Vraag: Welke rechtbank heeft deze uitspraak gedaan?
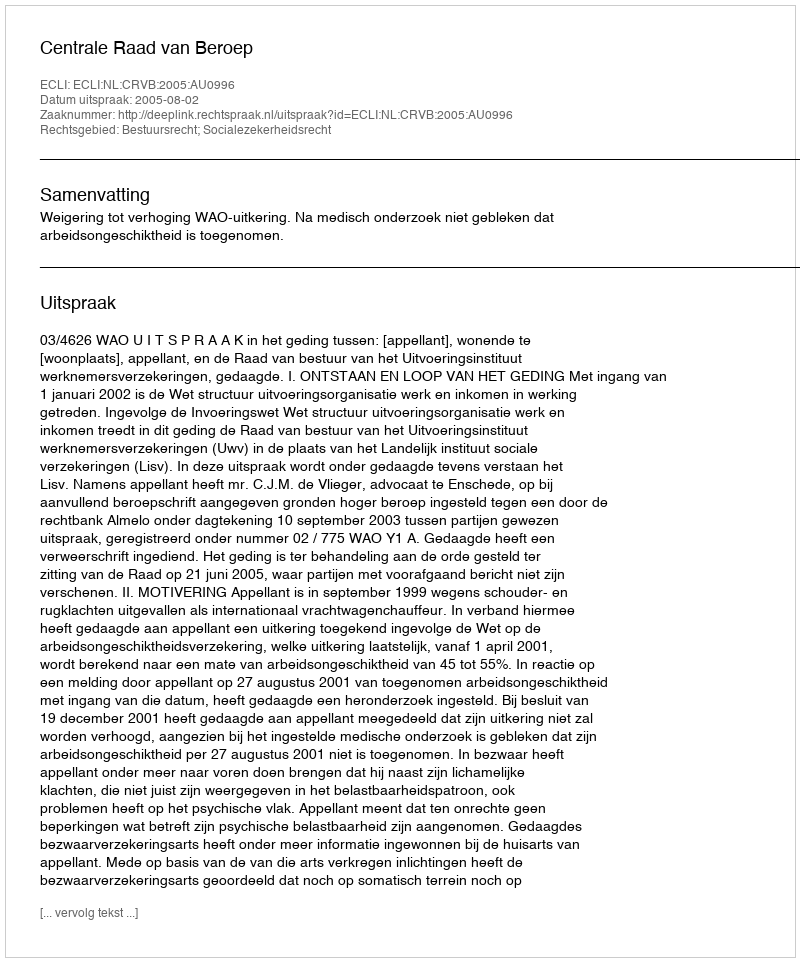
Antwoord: Centrale Raad van Beroep